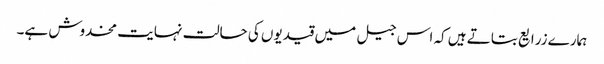
ہمارے زرایع بتاتے ہیں کہ اس جیل میں قیدیوں کی حالت نہایت مخدوش ہے۔